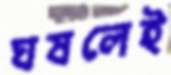
ঘষলেই